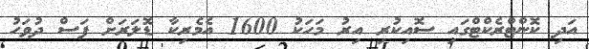
އަދި ކޮންޓްރެކްޓްގައި ސޮއިކުރި އިރު މަހަކު 1600 އެމެރިކާ ޑޮލަރަށް ފަސް ދުވަހު